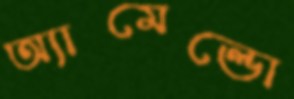
অ্যামেল্ডো